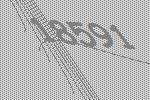
18591